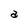
Character: a